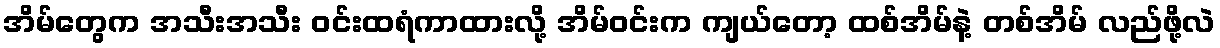
အိမ်တွေက အသီးအသီး ဝင်းထရံကာထားလို့ အိမ်ဝင်းက ကျယ်တော့ ထစ်အိမ်နဲ့ တစ်အိမ် လည်ဖို့လဲ